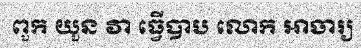
ពួក យួន វា ធ្វើបាប លោក អាចារ្យ